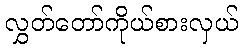
လွှတ်တော်ကိုယ်စားလှယ်